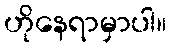
ဟိုနေရာမှာပါ။